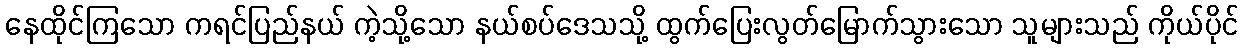
နေထိုင်ကြသော ကရင်ပြည်နယ် ကဲ့သို့သော နယ်စပ်ဒေသသို့ ထွက်ပြေးလွတ်မြောက်သွားသော သူများသည် ကိုယ်ပိုင်